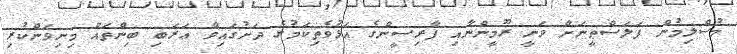
މުސްލިމުން ފަލަސްޠީނަށް ވަނީ ރޫމީންނާއި ފާރިސީންގެ އަޅުވެތިކަމުގެ ދަށުގައިވާ ޢަރަބި ބިންތައް މިނިވަންކުރި